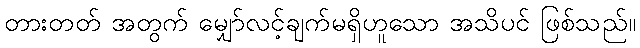
တားတတ် အတွက် မျှော်လင့်ချက်မရှိဟူသော အသိပင် ဖြစ်သည်။